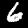
Label: 6